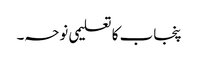
پنجاب کا تعلیمی نوحہ۔